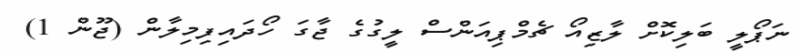
ނަޕޯލީ ބަލިކޮށް ލާޒިއޯ ޗެމްޕިއަންސް ލީގުގެ ޖާގަ ހޯދައިފިމިލާން (ޖޫން 1)